Annual administration report of the Civil Veterinary Department of India - 1896-1897
Year: 1896
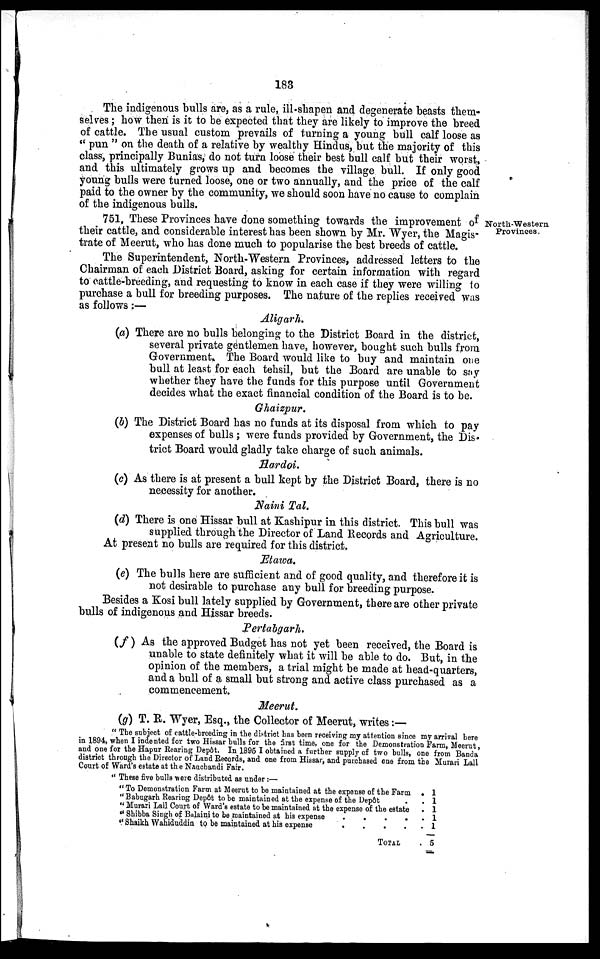
183
The indigenous bulls are, as a rule, ill-shapen and degenerate beasts them-
selves; how then is it to be expected that they are likely to improve the breed
of cattle. The usual custom prevails of turning a young bull calf loose as
" pun " on the death of a relative by wealthy Hindus, but the majority of this
class, principally Bunias, do not turn loose their best bull calf but their worst,
and this ultimately grows up and becomes the village bull. If only good
young bulls were turned loose, one or two annually, and the price of the calf
paid to the owner by the community, we should soon have no cause to complain
of the indigenous bulls.
North-Western
Provinces.
751, These Provinces have done something towards the improvement of
their cattle, and considerable interest has been shown by Mr. Wyer, the Magis-
trate of Meerut, who has done much to popularise the best breeds of cattle.
The Superintendent, North-Western Provinces, addressed letters to the
Chairman of each District Board, asking for certain information with regard
to cattle-breeding, and requesting to know in each case if they were willing to
purchase a bull for breeding purposes. The nature of the replies received was
as follows:—
Aligarh.
(a) There are no bulls belonging to the District Board in the district,
several private gentlemen have, however, bought such bulls from
Government. The Board would like to buy and maintain one
bull at least for each tehsil, but the Board are unable to say
whether they have the funds for this purpose until Government
decides what the exact financial condition of the Board is to be.
Ghaizpur.
(b) The District Board has no funds at its disposal from which to pay
expenses of bulls; were funds provided by Government, the Dis-
trict Board would gladly take charge of such animals.
Hardoi.
(c) As there is at present a bull kept by the District Board, there is no
necessity for another.
Naini Tal.
(d) There is one Hissar bull at Kashipur in this district. This bull was
supplied through the Director of Land Records and Agriculture.
At present no bulls are required for this district.
Etawa.
(e) The bulls here are sufficient and of good quality, and therefore it is
not desirable to purchase any bull for breeding purpose.
Besides a Kosi bull lately supplied by Government, there are other private
bulls of indigenous and Hissar breeds.
Pertabgarh.
( f ) As the approved Budget has not yet been received, the Board is
unable to state definitely what it will be able to do. But, in the
opinion of the members, a trial might be made at head-quarters,
and a bull of a small but strong and active class purchased as a
commencement.
Meerut.
(g) T. R. Wyer, Esq., the Collector of Meerut, writes:—
" The subject of cattle-breeding in the district has been receiving my attention since my arrival here
in 1894, when I indented for two Hissar bulls for the first time, one for the Demonstration Farm, Meerut,
and one for the Hapur Rearing Depôt. In 1895 I obtained a further supply of two bulls, one from Banda
district through the Director of Land Records, and one from Hissar, and purchased one from the Murari Lall
Court of Ward's estate at the Nauchandi Fair.
" These five bulls were distributed as under :—
" To Demonstration Farm at Meerut to be maintained at the expense of the Farm .
" Babugarh Rearing Depôt to be maintained at the expense of the Depôt . .
" Murari Lall Court of Ward's estate to be maintained at the expense of the estate .
" Shibba Singh of Balaini to be maintained at his expense . . . . .
" Shaikh Wahiduddin to be maintained at his expense . . . . .
TOTAL .
1
1
1
1
1
5